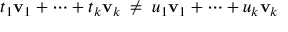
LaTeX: t _ { 1 } \mathbf { v } _ { 1 } + \cdots + t _ { k } \mathbf { v } _ { k } \; \neq \; u _ { 1 } \mathbf { v } _ { 1 } + \cdots + u _ { k } \mathbf { v } _ { k }